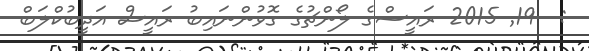
:  19